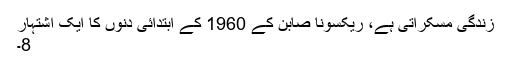
زندگی مسکراتی ہے، ریکسونا صابن کے 1960 کے ابتدائی دنوں کا ایک اشتہار
8۔